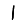
Digit: 1